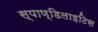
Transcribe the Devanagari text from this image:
स्पाण्डिलाइटिस